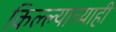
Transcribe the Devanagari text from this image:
किल्ल्याच्याही